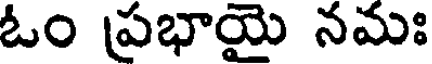
ఓం ప్రభాయై నమః